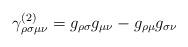
LaTeX: \begin{align*}\gamma _{\rho \sigma \mu \nu }^{(2)}=g_{\rho \sigma }g_{\mu \nu }-g_{\rho\mu }g_{\sigma \nu }\end{align*}